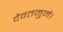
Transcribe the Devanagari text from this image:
दैवतमुमे।